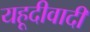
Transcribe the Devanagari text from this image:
यहूदीवादी